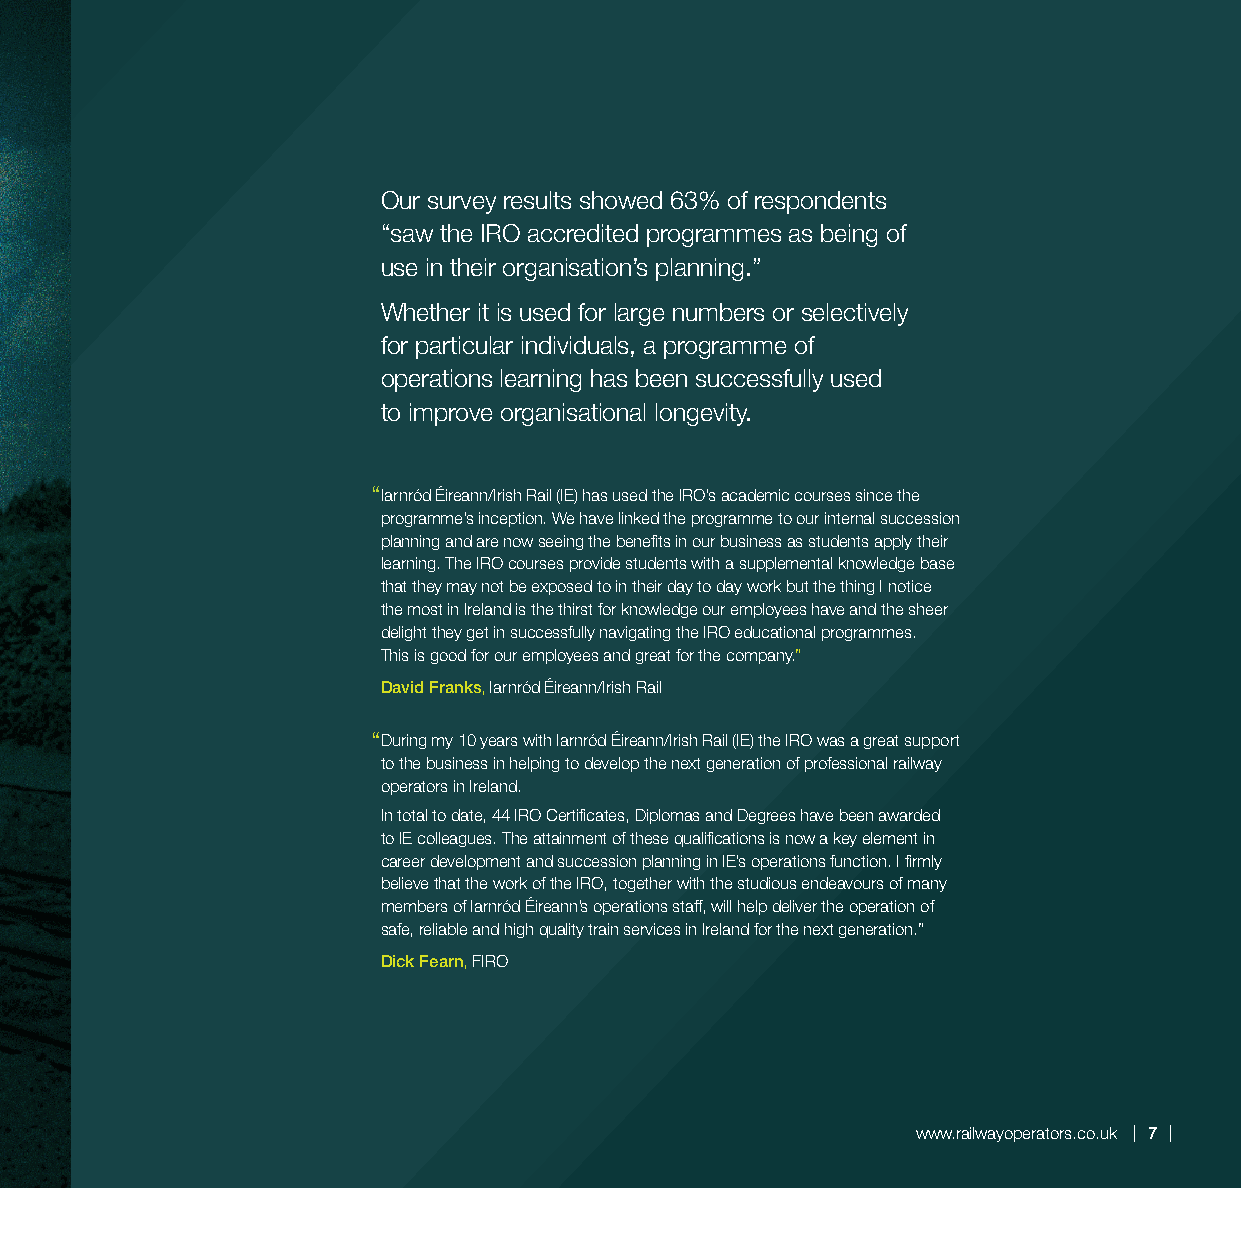
Our survey results showed 63% of respondents
 “saw the IRO accredited programmes as being of
 use in their organisation’s planning.”
 Whether it is used for large numbers or selectively
 for particular individuals, a programme of
 operations learning has been successfully used
 to improve organisational longevity.
 “Iarnród Éireann/Irish Rail (IE) has used the IRO’s academic courses since the
 programme’s inception. We have linked the programme to our internal succession
 planning and are now seeing the benefits in our business as students apply their
 learning. The IRO courses provide students with a supplemental knowledge base
 that they may not be exposed to in their day to day work but the thing I notice
 the most in Ireland is the thirst for knowledge our employees have and the sheer
 delight they get in successfully navigating the IRO educational programmes.
 This is good for our employees and great for the company.”
 David Franks, Iarnród Éireann/Irish Rail
 “During my 10 years with Iarnród Éireann/Irish Rail (IE) the IRO was a great support
 to the business in helping to develop the next generation of professional railway
 operators in Ireland.
 In total to date, 44 IRO Certificates, Diplomas and Degrees have been awarded
 to IE colleagues. The attainment of these qualifications is now a key element in
 career development and succession planning in IE’s operations function. I firmly
 believe that the work of the IRO, together with the studious endeavours of many
 members of Iarnród Éireann’s operations staff, will help deliver the operation of
 safe, reliable and high quality train services in Ireland for the next generation.”
 Dick Fearn, FIRO
 www.railwayoperators.co.uk 7